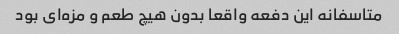
متاسفانه این دفعه واقعا بدون هیچ طعم و مزه‌ای بود